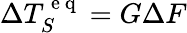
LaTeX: \Delta T_{S}^{\mathrm{~e~q~}}=G\Delta F